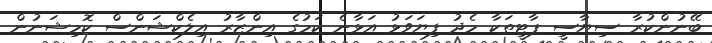
ބޭނުންކުރާ ސިޔާސީ ޕާޓީތަކާ މެދު ފިޔަވަޅު އަޅާނެ ކަމުގެ އިންޒާރު އިލެކްޝަންސް ކޮމިޝަނުން